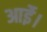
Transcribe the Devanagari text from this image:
आईे।